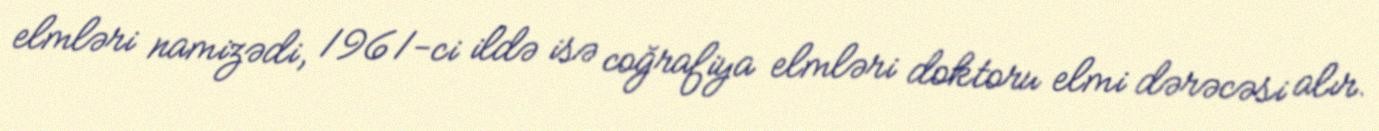
elmləri namizədi, 1961-ci ildə isə coğrafiya elmləri doktoru elmi dərəcəsi alır.